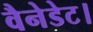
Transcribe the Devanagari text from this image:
वैनेडेट।